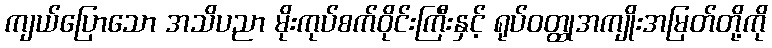
ကျယ်ပြောသော အသိပညာ မိုးကုပ်စက်ဝိုင်းကြီးနှင့် ရုပ်ဝတ္ထုအကျိုးအမြတ်တို့ကို